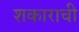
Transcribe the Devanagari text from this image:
शकाराची